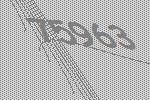
75963